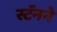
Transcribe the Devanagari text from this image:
स्टॅनने